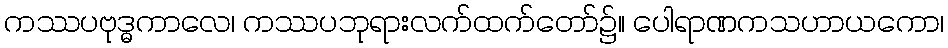
ကဿပဗုဒ္ဓကာလေ၊ ကဿပဘုရားလက်ထက်တော်၌။ ပေါရာဏကသဟာယကော၊